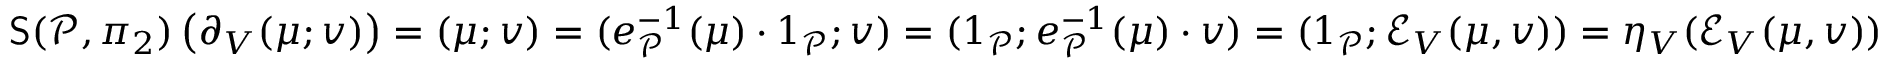
\begin{array} { r } { \mathsf { S } ( \mathcal P , \pi _ { 2 } ) \left( \partial _ { V } ( \mu ; v ) \right) = ( \mu ; v ) = ( e _ { \mathcal P } ^ { - 1 } ( \mu ) \cdot 1 _ { \mathcal P } ; v ) = ( 1 _ { \mathcal P } ; e _ { \mathcal P } ^ { - 1 } ( \mu ) \cdot v ) = ( 1 _ { \mathcal P } ; \mathcal { E } _ { V } ( \mu , v ) ) = \eta _ { V } ( \mathcal { E } _ { V } ( \mu , v ) ) } \end{array}